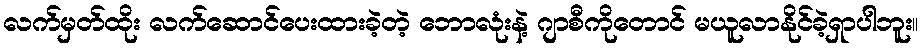
လက်မှတ်ထိုး လက်ဆောင်ပေးထားခဲ့တဲ့ ဘောလုံးနဲ့ ဂျာစီကိုတောင် မယူလာနိုင်ခဲ့ရှာပါဘူး။